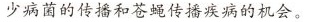
少病菌的传播和苍蝇传播疾病的机会。